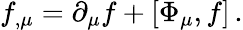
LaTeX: f_{,\mu}=\partial_{\mu}f+[\Phi_{\mu},f]\, .